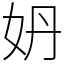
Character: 𡛓